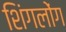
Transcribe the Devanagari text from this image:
शिंगलोंग